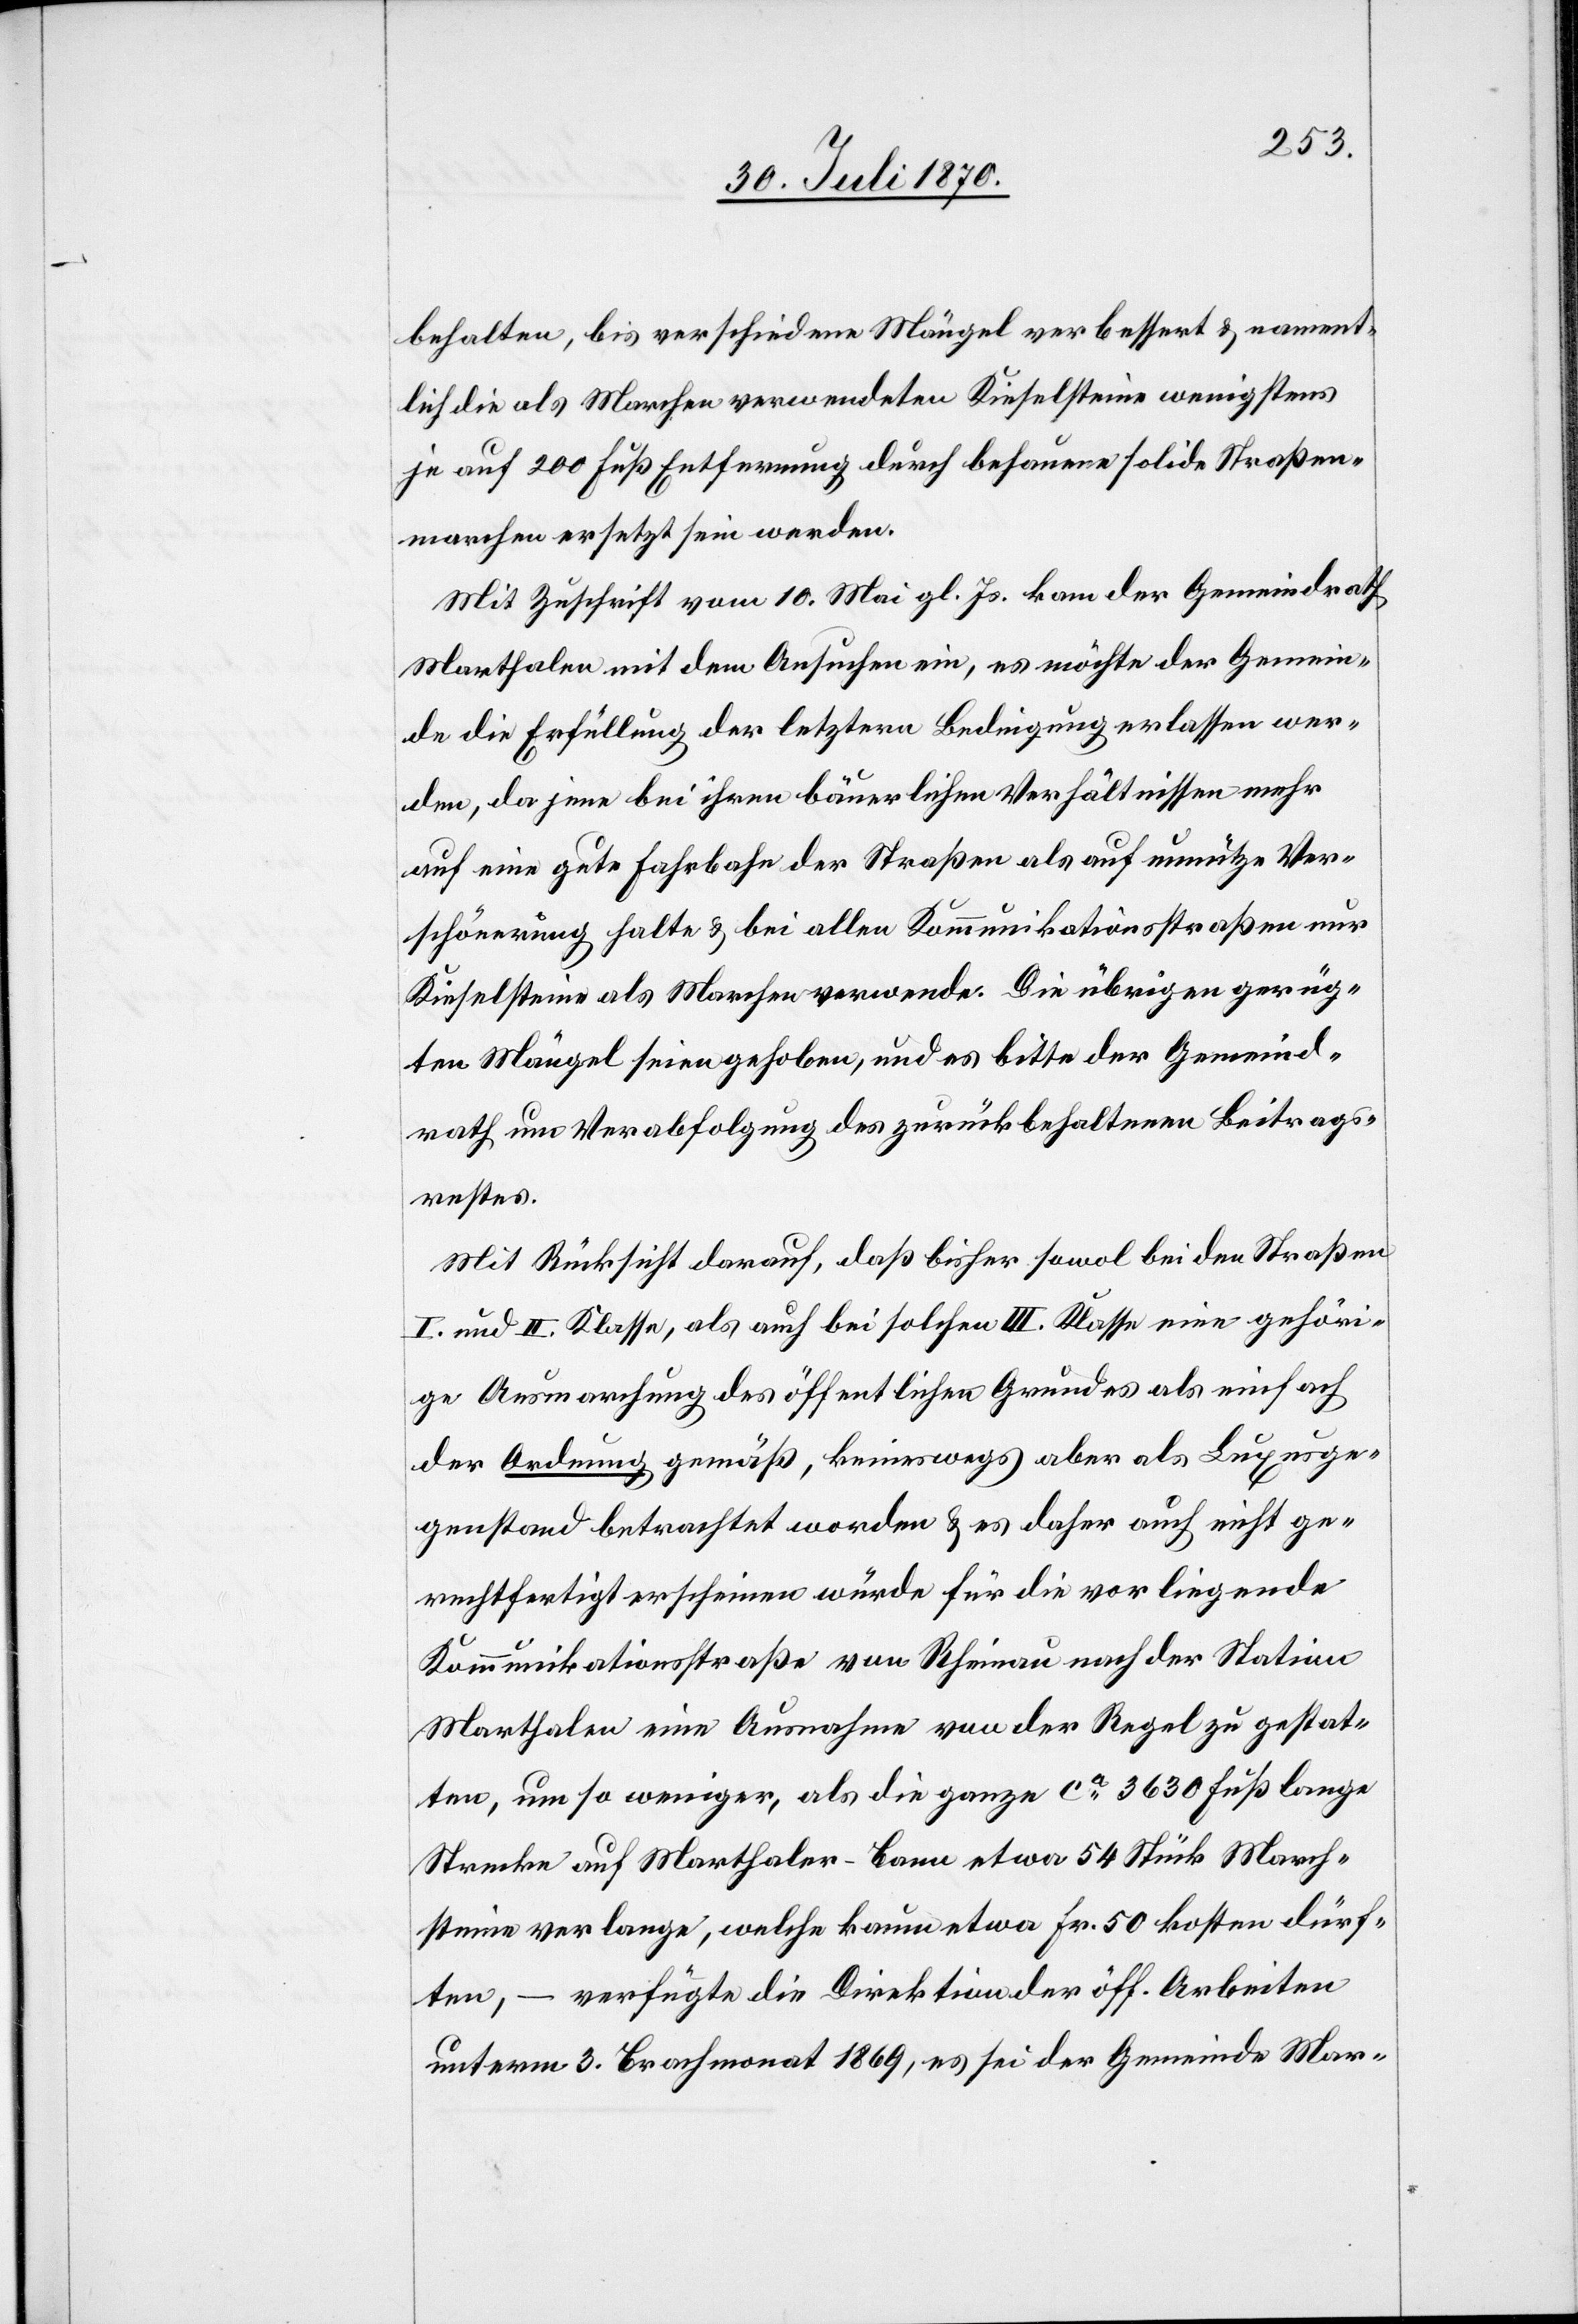
behalten, bis verschiedene Mängel verbessert & nament¬
lich die als Marchen verwendeten Kieselsteine wenigstens
je auf 200 Fuß Entfernung durch behauene solide Straßen¬
marchen ersetzt sein werden.
Mit Zuschrift vom 10. Mai gl. Js. kam der Gemeindrath
Marthalen mit dem Ansuchen ein, es möchte der Gemein¬
de die Erfüllung der letztern Bedingung erlassen wer¬
den, da jene bei ihren bäuerlichen Verhältnissen mehr
auf eine gute Fahrbahn der Straßen als auf unnütze Ver¬
schönerung halte & bei allen Kommunikationsstraßen nur
Kieselsteine als Marchen verwende. Die übrigen gerüg¬
ten Mängel seien gehoben, und es bitte der Gemeind¬
rath um Verabfolgung des zurückbehaltenen Beitrags¬
restes.
Mit Rücksicht darauf, daß bisher sowol bei den Straßen
I. und II. Klasse, als auch bei solchen III. Klasse eine gehöri¬
ge Ausmarchung des öffentlichen Grundes als einfach
der Ordnung gemäß, keineswegs aber als Luxusge¬
genstand betrachtet worden & es daher auch nicht ge¬
rechtfertigt erscheinen würde für die vorliegende
Kommunikationsstraße von Rheinau nach der Station
Marthalen eine Ausnahme von der Regel zu gestat¬
ten, um so weniger als die ganze ca 3630 Fuß lange
Strecke auf Marthaler-Bann etwa 54 Stück March¬
steine verlange, welche kaum etwa Fr. 50 kosten dürf¬
ten, – verfügte die Direktion der öff. Arbeiten
unterm 3. Brachmonat 1869, es sei der Gemeinde Mar-